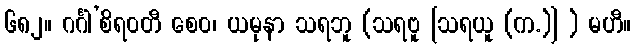
၆၈၂။ ဂင်္ဂါ’စိရဝတီ စေဝ၊ ယမုနာ သရဘူ (သရဗူ [သရယူ (က.)] ) မဟီ။